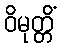
ဝိမုတ္တိံ